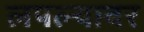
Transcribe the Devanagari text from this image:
लपल्यावर